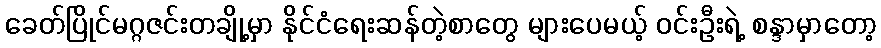
ခေတ်ပြိုင်မဂ္ဂဇင်းတချို့မှာ နိုင်ငံရေးဆန်တဲ့စာတွေ များပေမယ့် ဝင်းဦးရဲ့ စန္ဒာမှာတော့